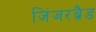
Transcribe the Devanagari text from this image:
जिंजरब्रैड